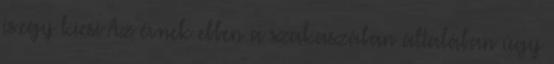
is.egy kicsi Az évnek ebben a szakaszában általában úgy